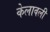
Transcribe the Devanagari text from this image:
केलावली